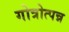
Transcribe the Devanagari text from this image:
गोत्रोत्पन्न